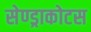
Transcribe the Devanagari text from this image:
सेण्ड्राकोटस